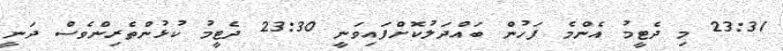
23:31 މި ދެޓީމު އެންމެ ފަހުން ބައްދަލުކޮށްފައިވަނީ 23:30 ދެޓީމު ކުޅުންތެރިންވެސް ދަނީ